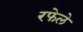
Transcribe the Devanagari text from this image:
रफेले